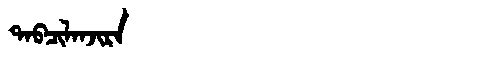
Manchu: ᡨᠠᠪᠴᡳᠯᠠᠨᠵᡳᡵᠠ
Romanization: TABCILANJIRA